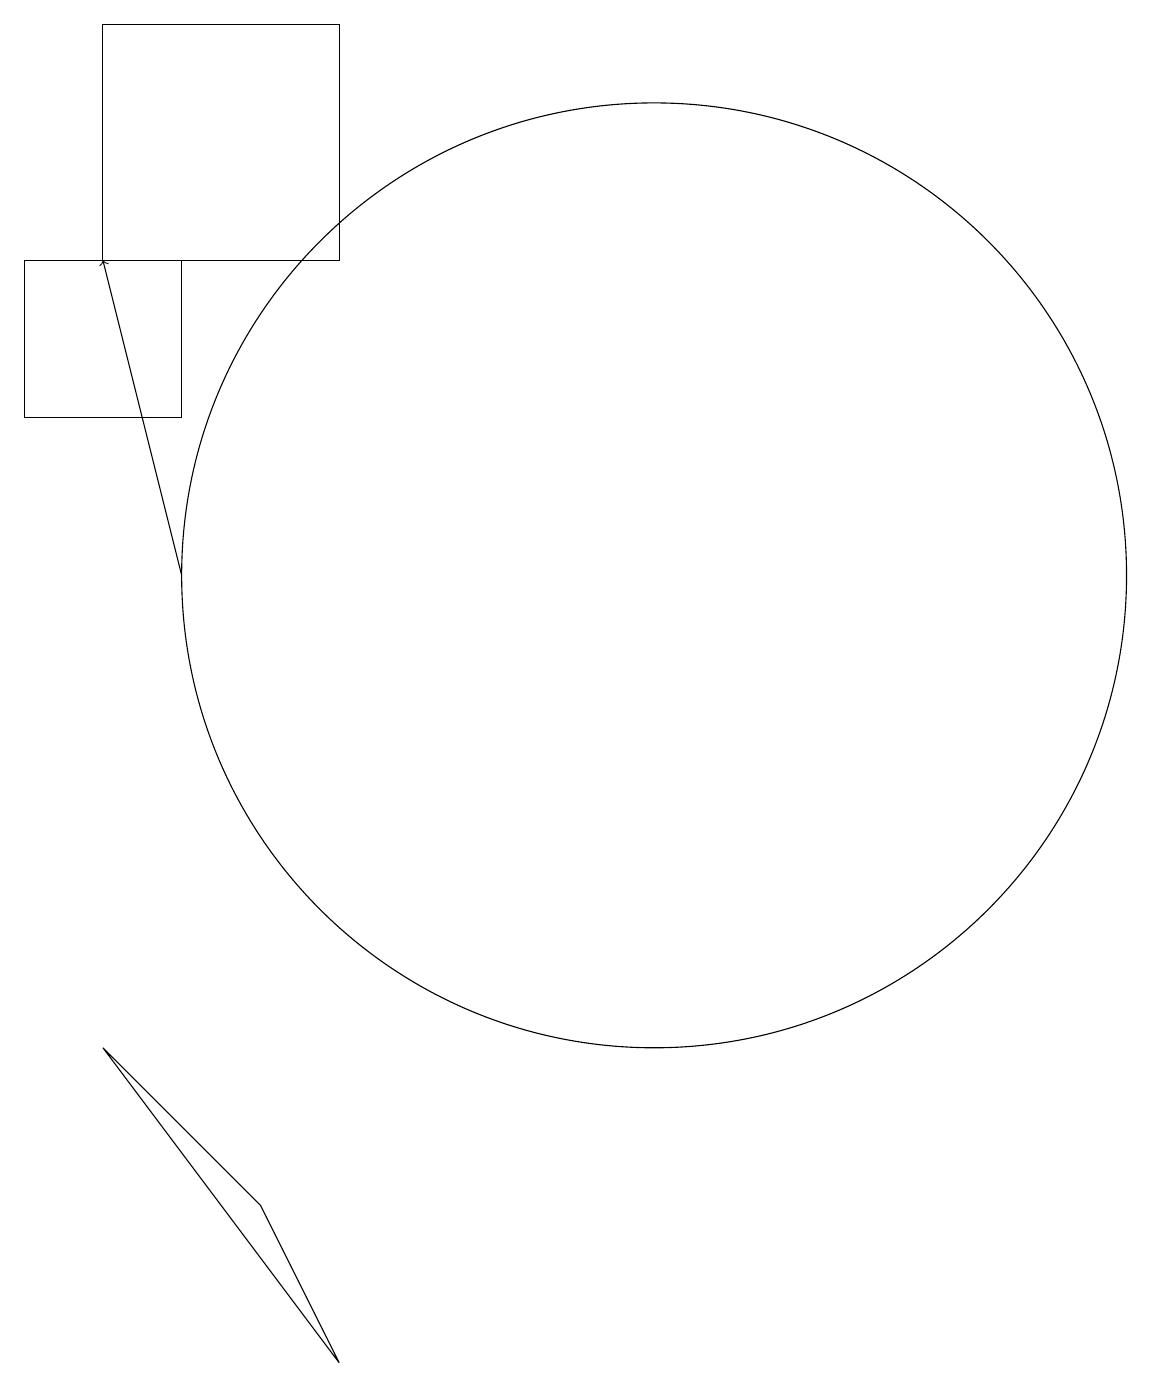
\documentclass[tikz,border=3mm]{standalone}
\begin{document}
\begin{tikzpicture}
\draw (3,19) rectangle (6,16);
\draw (5,4) -- (3,6) -- (6,2) -- cycle;
\draw[->] (4,12) -- (3,16);
\draw (10,12) circle (6);
\draw (4,16) rectangle (2,14);
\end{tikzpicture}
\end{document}